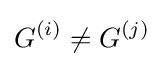
G^{(i)}\neq G^{(j)}